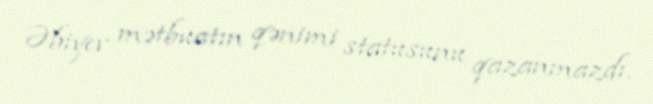
Əbiyev mətbuatın qənimi statusunu qazanmazdı.